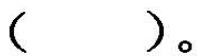
( )。